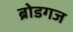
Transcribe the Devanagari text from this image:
ब्रोडगज